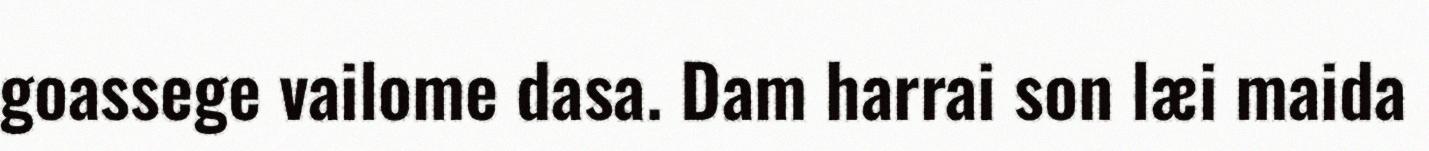
goassege vailome dasa. Dam harrai son læi maida